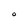
Character: O